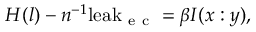
H ( l ) - n ^ { - 1 } \mathrm { l e a k } _ { \mathrm { ~ e ~ c ~ } } = \beta I ( x : y ) ,